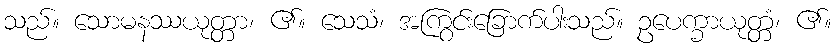
သည်။ သောမနဿယုတ္တာ၊ ၏။ သေသံ၊ အကြွင်းခြောက်ပါးသည်။ ဥပေက္ခာယုတ္တံ၊ ၏။